Vaccination in Bombay 1902-1912 - 1902-1912
Year: 1902
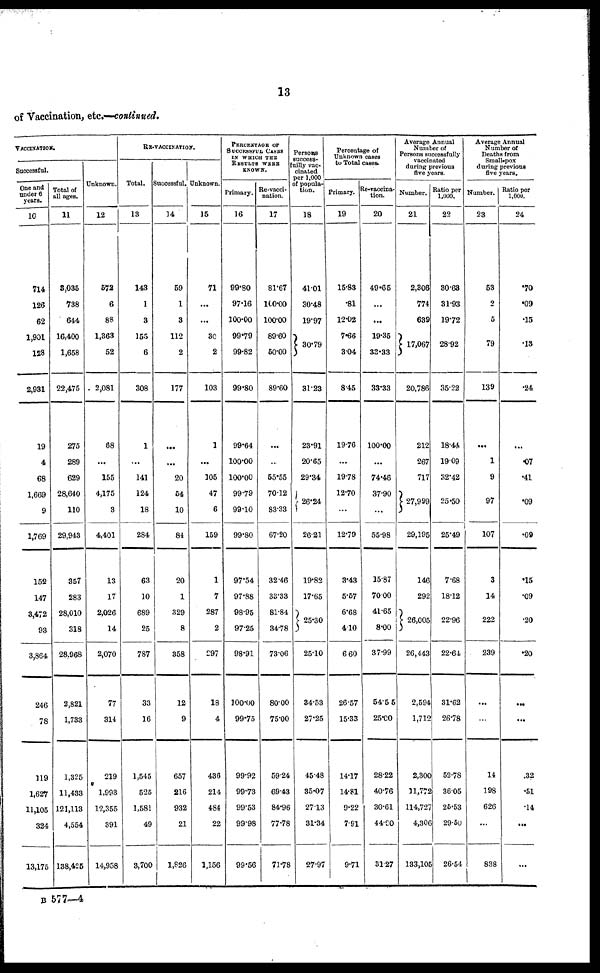
13
of Vaccination, etc.—continued.
VACCINATION.
Successful.
One and
under 6
years.
10
714
126
62
1,901
128
2,931
19
4
68
1,669
9
1,769
152
147
3,472
93
3,864
246
78
119
1,627
11,105
324
13,175
Total of
all ages.
11
3,035
738
644
16,400
1,658
22,475
275
289
629
28,640
110
29,943
357
283
28,010
318
28,968
2,821
1,733
1,325
11,433
121,113
4,554
138,425
Unknown.
12
572
6
88
1,363
52
2,081
68
...
155
4,175
3
4,401
13
17
2,026
14
2,070
77
314
219
1,993
12,355
391
14,958
RE-VACCINATION.
Total.
13
143
1
3
155
6
308
1
...
141
124
18
284
63
10
689
25
787
33
16
1,545
525
1,581
49
3,700
Successful.
14
59
1
3
112
2
177
...
...
20
54
10
84
20
1
329
8
358
12
9
657
216
932
21
1,826
Unknown.
15
71
...
...
30
2
103
1
...
105
47
6
159
1
7
287
2
297
18
4
436
214
484
22
1,156
PERCENTAGE OF
SUCCESSFUL CASES
IN WHICH THE
RESULTS WERE
KNOWN.
Primary.
16
99.80
97.16
100.00
99.79
99.82
99.80
99.64
100.00
100.00
99.79
99.10
99.80
97.54
97.88
98.95
97.25
98.91
100.00
99.75
99.92
99.73
99.53
99.98
99.56
Re-vacci-
nation.
17
81.67
100.00
100.00
89.60
50.00
89.60
...
...
55.55
70.12
83.33
67.20
32.46
33.33
81.84
34.78
73.06
80.00
75.00
59.24
69.43
84.96
77.78
71.78
Persons
success-
fuilly vac-
cinated
per 1,000
of popula-
tion.
18
41.01
30.48
19.97
30.79
31.23
23.91
20.65
29.34
26.24
26.21
19.82
17.65
25.30
25.10
34.53
27.25
45.48
35.07
27.13
31.34
27.97
Percentage of
Unknown cases
to Total cases.
Primary.
19
15.83
.81
12.02
7.66
3.04
8.45
19.76
...
19.78
12.70
...
12.79
3.43
5.57
6.68
4.10
6.60
26.57
15.33
14.17
14.81
9.22
7.91
9.71
Re-vaccina-
tion.
20
49.65
...
...
19.35
33.33
33.33
100.00
...
74.46
37.90
...
55.98
15.87
70.00
41.65
8.00
37.99
54.55
25.00
28.22
40.76
30.61
44.90
31.27
Average Annual
Number of
Persons successfully
vaccinated
during previous
five years.
Number.
21
2,306
774
639
17,067
20,786
212
267
717
27,999
29,195
146
292
26,005
26,443
2,594
1,712
2,300
11,772
114,727
4,306
133,105
Ratio per
1,000.
22
30.63
31.93
19.72
28.92
35.22
18.44
19.09
32.42
25.50
25.49
7.68
18.12
22.96
22.64
31.62
26.78
52.78
36.05
25.53
29.50
26.54
Average Annual
Number of
Deaths from
Small-pox
during previous
five years.
Number.
23
53
2
5
79
139
...
1
9
97
107
3
14
222
239
...
...
14
198
626
...
838
Ratio per
1,000.
24
.70
.09
.15
.13
.24
...
.07
.41
.09
.09
.15
.09
.20
.20
...
...
.32
.51
.14
...
...
B 577—4